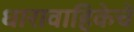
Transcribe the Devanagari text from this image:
धारावाहिकेचे